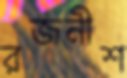
রজনীশ